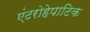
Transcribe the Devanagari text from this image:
एंटरोहेपाटिक